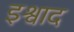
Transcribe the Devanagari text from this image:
इश्वाद